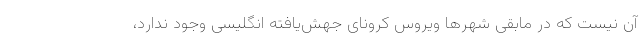
آن نیست که در مابقی شهرها ویروس کرونای جهش‌یافته انگلیسی وجود ندارد،